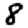
Digit: 8